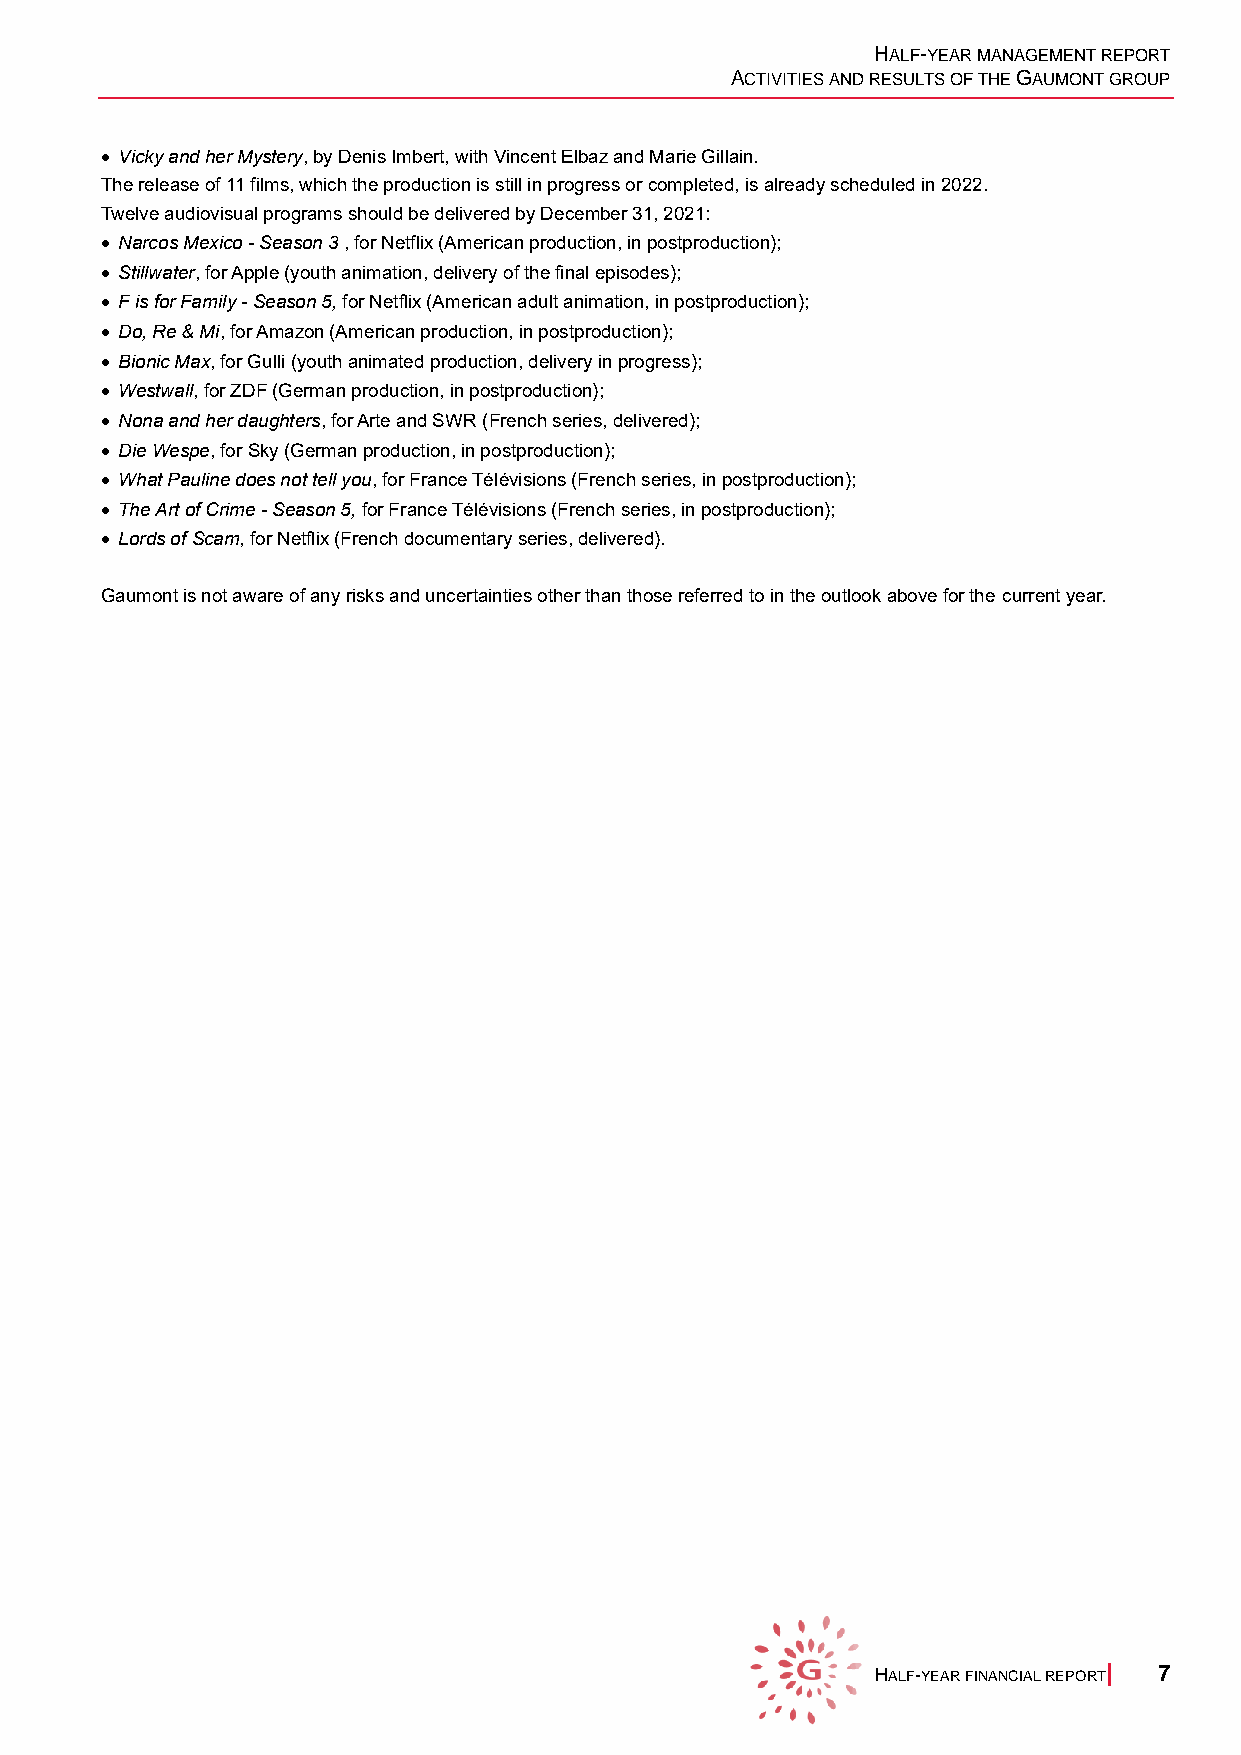
HALF-YEAR MANAGEMENT REPORT
 ACTIVITIES AND RESULTS OF THE GAUMONT GROUP
 • Vicky and her Mystery, by Denis Imbert, with Vincent Elbaz and Marie Gillain.
 The release of 11 films, which the production is still in progress or completed, is already scheduled in 2022.
 Twelve audiovisual programs should be delivered by December 31, 2021:
 • Narcos Mexico - Season 3 , for Netflix (American production, in postproduction);
 • Stillwater, for Apple (youth animation, delivery of the final episodes);
 • F is for Family - Season 5, for Netflix (American adult animation, in postproduction);
 • Do, Re & Mi, for Amazon (American production, in postproduction);
 • Bionic Max, for Gulli (youth animated production, delivery in progress);
 • Westwall, for ZDF (German production, in postproduction);
 • Nona and her daughters, for Arte and SWR (French series, delivered);
 • Die Wespe, for Sky (German production, in postproduction);
 • What Pauline does not tell you, for France Télévisions (French series, in postproduction);
 • The Art of Crime - Season 5, for France Télévisions (French series, in postproduction);
 • Lords of Scam, for Netflix (French documentary series, delivered).
 Gaumont is not aware of any risks and uncertainties other than those referred to in the outlook above for the current year.
 HALF-YEAR FINANCIAL REPORT| 7